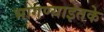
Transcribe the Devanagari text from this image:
भागण्याइतके